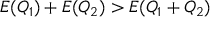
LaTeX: E ( Q _ { 1 } ) + E ( Q _ { 2 } ) > E ( Q _ { 1 } + Q _ { 2 } )